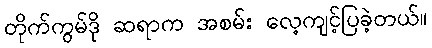
တိုက်ကွမ်ဒို ဆရာက အစမ်း လေ့ကျင့်ပြခဲ့တယ်။